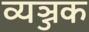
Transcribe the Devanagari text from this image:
व्यञ्जक